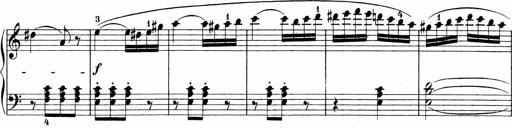
Title: 3 Sonatinas
Composer: Carl Reinecke